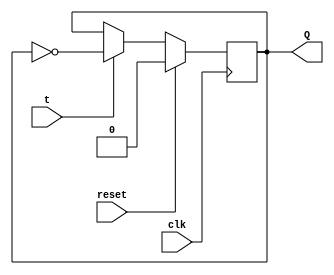
// This program was cloned from: https://github.com/ekb0412/100DaysofRTL
// License: Apache License 2.0

`timescale 1ns / 1ps

module T_flipflop(
    input t,clk,reset,
    output reg Q
    );
    always@(posedge clk)
          begin
            if(reset)
               Q <= 1'b0;
            else
                begin
                   if(t)
                    Q<= ~Q;
                   else
                    Q<= Q;                     
                end
          end
endmodule